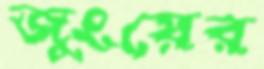
জুংয়ের